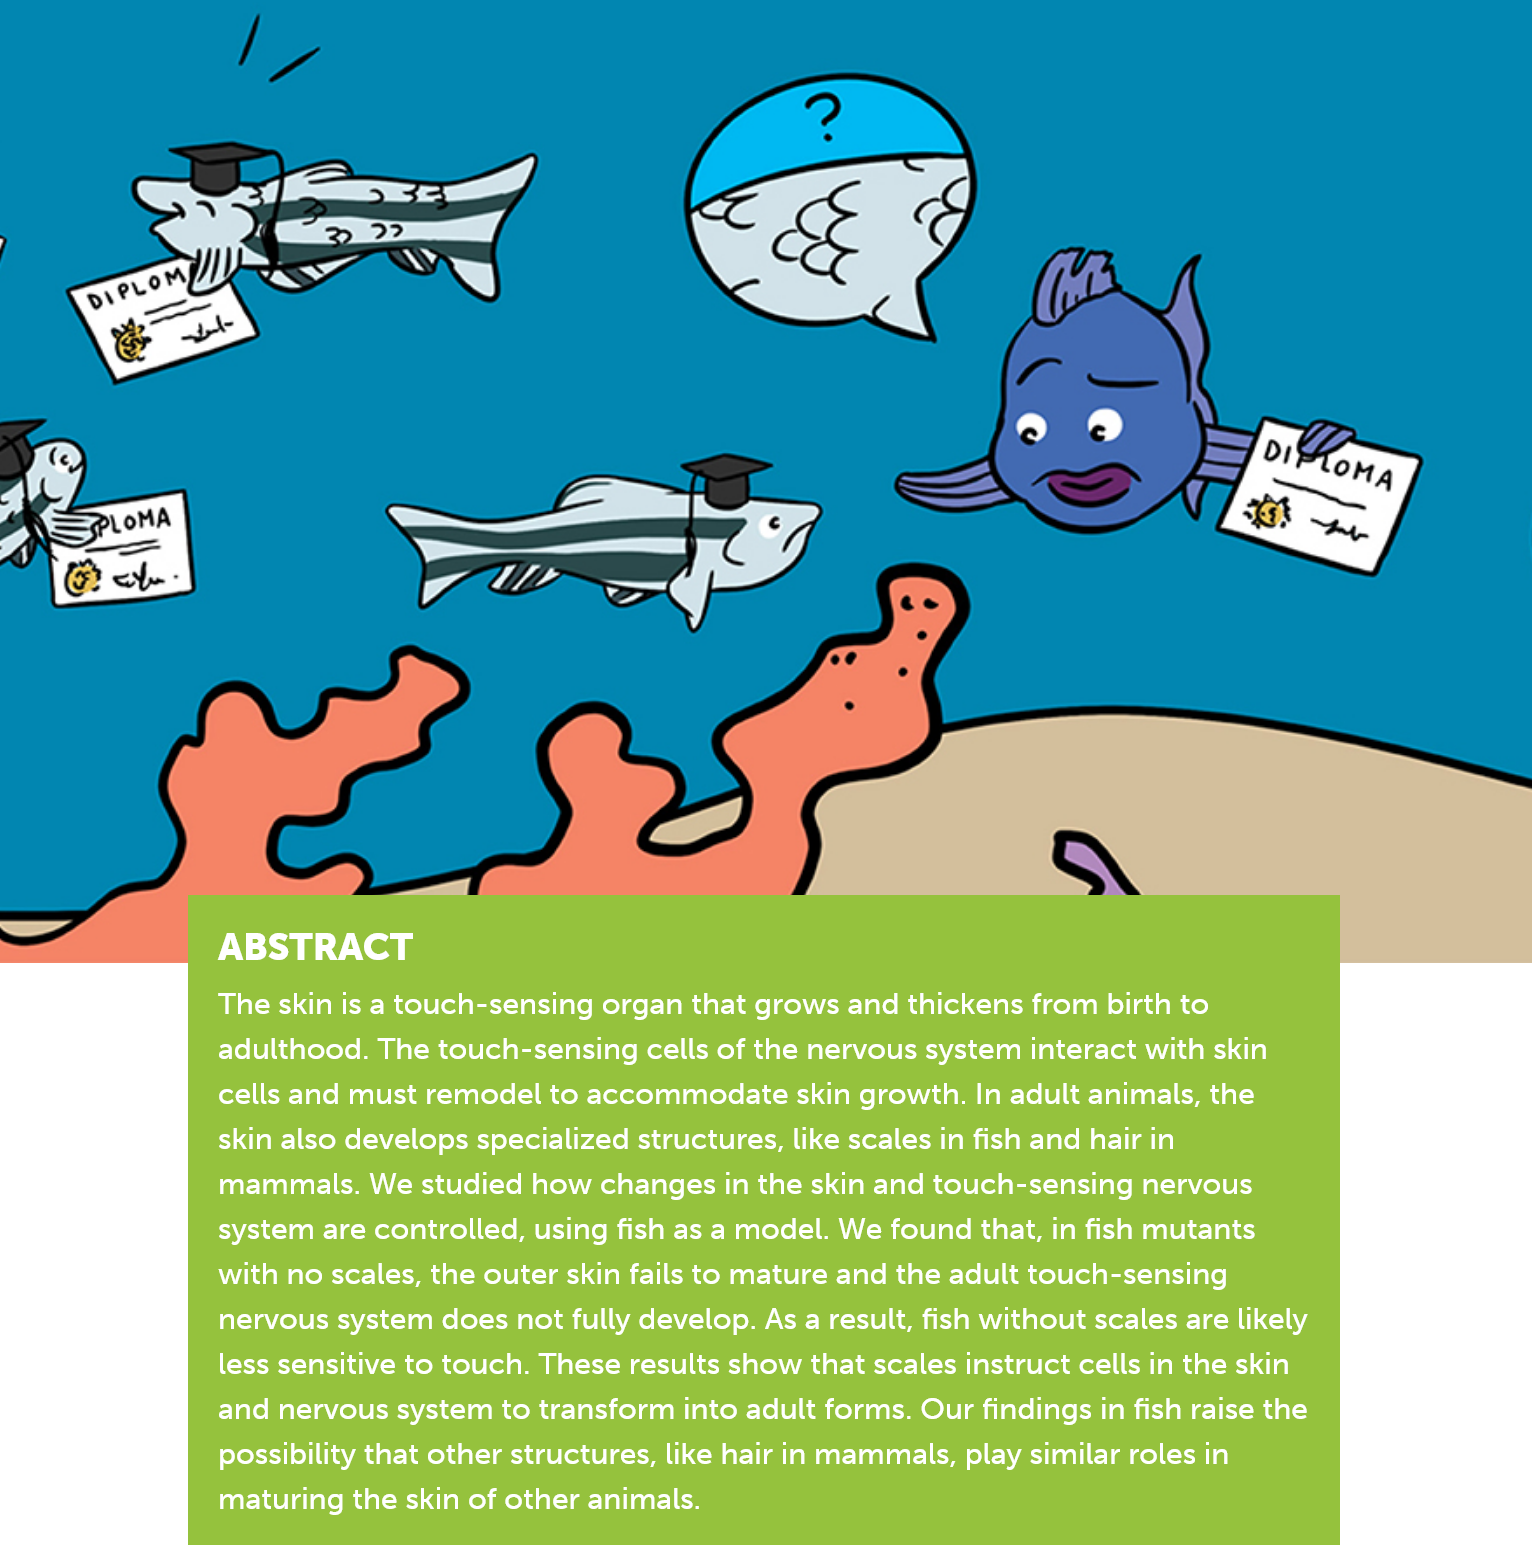
ABSTRACT
     The skin is a touch-sensing organ that grows and thickens from birth to
     adulthood. The touch-sensing cells of the nervous system interact with skin
     cells and must remodel to accommodate skin growth. In adult animals, the
     skin also develops specialized structures, like scales in fish and hair in
     mammals. We  studied how changes in the skin and touch-sensing nervous
     system are controlled, using fish as a model. We found that, in fish mutants
     with no scales, the outer skin fails to mature and the adult touch-sensing
     nervous system does not fully develop. As a result, fish without scales are likely
     less sensitive to touch. These results show that scales instruct cells in the skin
     and nervous system to transform into adult forms. Our findings in fish raise the
     possibility that other structures, like hair in mammals, play similar roles in
     maturing the skin of other animals.